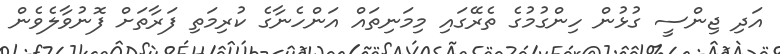
އަދި ޖިންސީ ގުޅުން ހިންގުމުގެ ތެރޭގައި މިމަނިތައް އަންހެނާގެ ކުރިމަތި ފަރާތަށް ފޮނުވާލެވެން